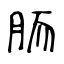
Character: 胹